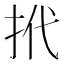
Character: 𢫙